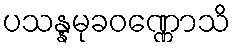
ပသန္နမုခဝဏ္ဏောသိ